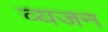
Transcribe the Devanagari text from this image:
व्यजन